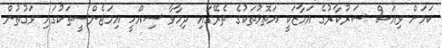
ކަމަށް ވިއަސް ސަރުކާރުގެ އަމާޒަކީ އަތޮޅުތަކުގެ ތެރޭގައި ދިމާވާ ސިއްހީ އިމަޖެންސީތަކުގައި ވަގުތުން